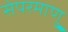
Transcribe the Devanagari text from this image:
सेपरमाणु